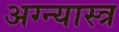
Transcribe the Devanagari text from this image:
अग्न्यास्त्र